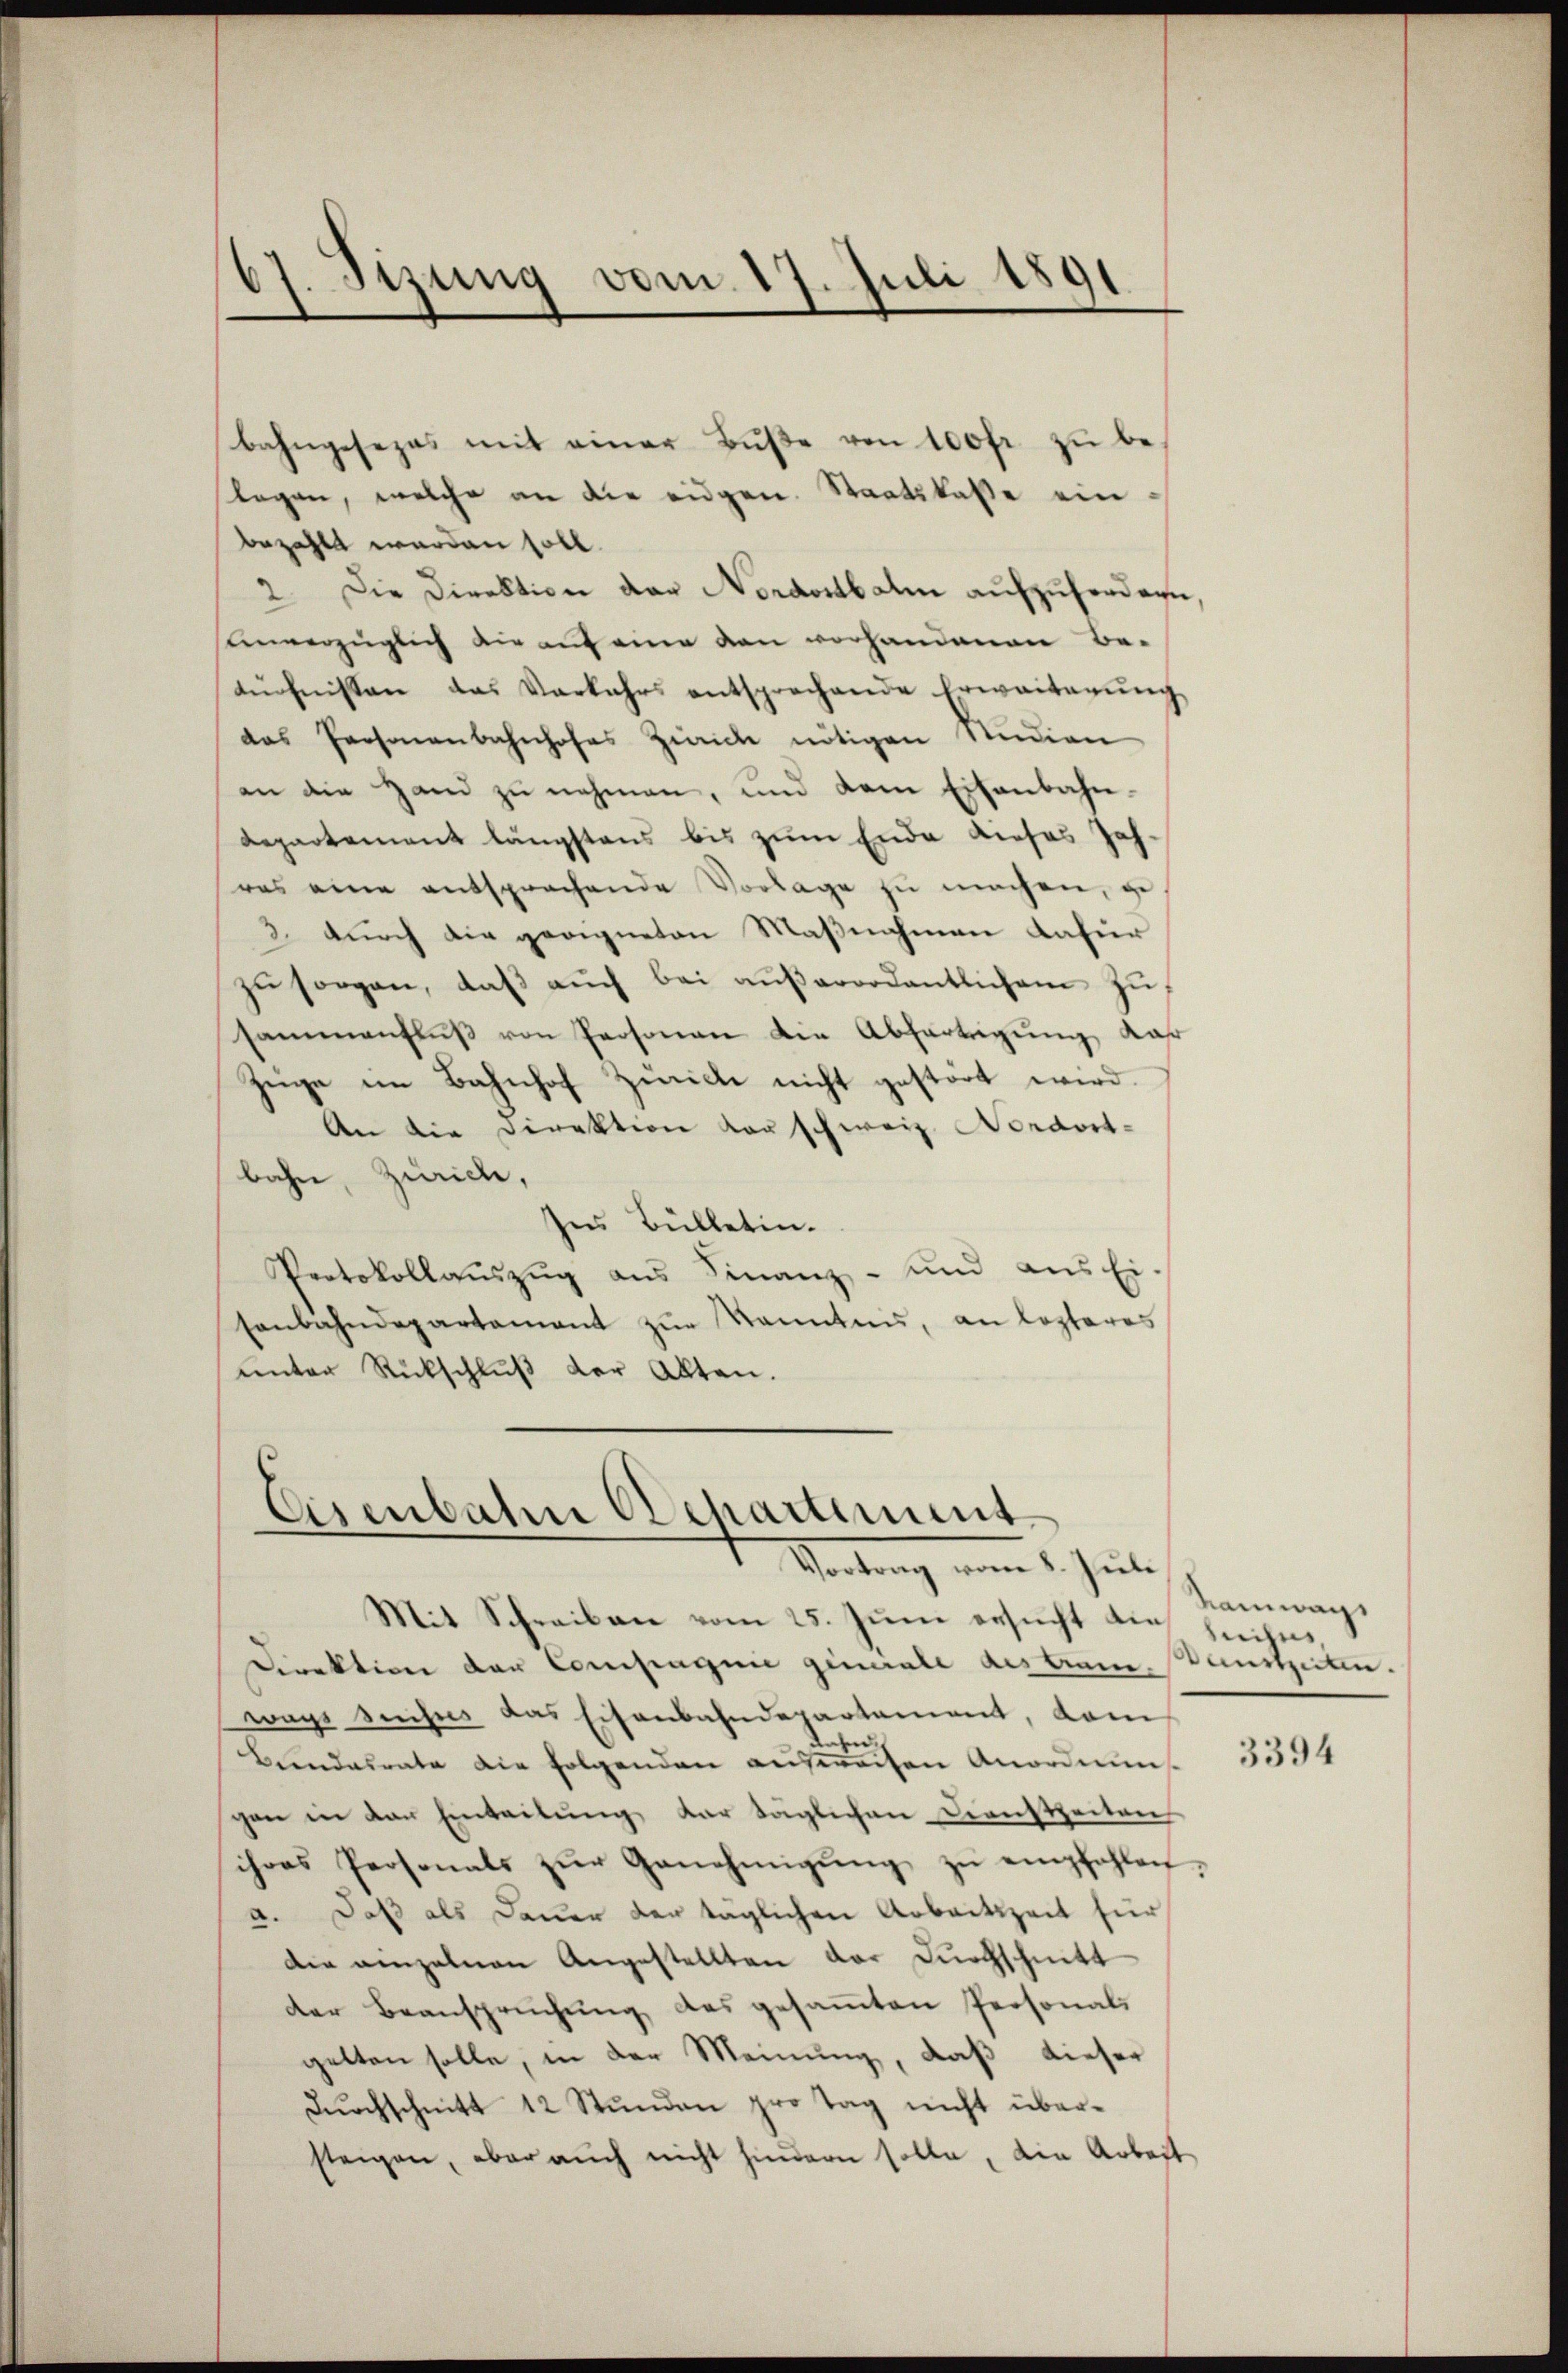
bahngesezes mit einer Bŭβe von 100fr. zŭ be-
lagen, welche an die eidgen. Staatskasse einbezahlt werden soll.
2. Die Direktion der Nordostbahn aufzufordern,
unverzüglich die auf eine den vorhandenen Be-
aüchnissen das Verkehrs entsprechende Erweiterŭng
das Personenbahnhofes Zürich nötigen Studien
an die Hand zŭ nehmen, und dem Eisenbahn-
Repartement längstens bis zum Ende dieses Jah-
ras eine entsprochende Vorlage zu machen, ge
3. durch die geeigneten Maßnahmen dafür
zŭ sorgen, daβ aŭch bei aŭβerordentlichem Zusammenfluß von Personen die Abfertigung Jahr
Züge im Bahnhof Zürich nicht gestört wird.
An die Direktion vorschweiz. Nordostbahn, Zürich,
Ins Bülletin.
Protokollauszug aus Finanz- und aus Ei-
senbahndepartamant zŭr Kenntnis, an lezteres
unter Rückschluß der Akten.

67. Sizung vom 17. Juli 1891

Eisenbahn Departement
Vortrag vom 1. Juli

Mit Schreiben vom 25. Juni ersucht die Zeiches,
Direktion der Compagnie geniale des traue, anstzeiten.
ways Suches das Eisenbahndepartement, dam
und
e
Bundesrate die folgenden ausweiten Anordnens
gen in der Einteilŭng dar täglichen Dienstzeiten
ihres Personals zŭr Genehmigŭng zŭ empfohlen,
a. Daß als Dauer der täglichen Arbeitszeit für
die anzelnen Angestellten der Durchschnitt
der Beanspruchung, das gesammten Personals
gelten solle, in der Meinung, daß dieser
Durchschnitt 12 Stunden pro Tag nicht übersteigen, aber auch nicht hindern solle, die Arbeit

Kamwag

3394